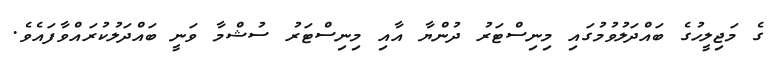
ގެ މަޖިލީހުގެ ބައްދަލުވުމުގައި މިނިސްޓަރު ދުންޔާ އާއި މިނިސްޓަރު ސުޝްމާ ވަނީ ބައްދަލުކުރައްވާފައެވެ.